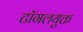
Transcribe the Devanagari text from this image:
टॉगलयुक्त